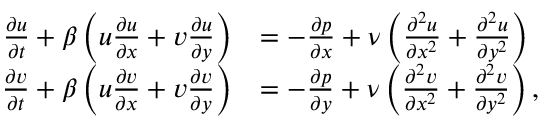
\begin{array} { r l } { \frac { \partial u } { \partial t } + \beta \left( u \frac { \partial u } { \partial x } + v \frac { \partial u } { \partial y } \right) } & { = - \frac { \partial p } { \partial x } + \nu \left( \frac { \partial ^ { 2 } u } { \partial x ^ { 2 } } + \frac { \partial ^ { 2 } u } { \partial y ^ { 2 } } \right) } \\ { \frac { \partial v } { \partial t } + \beta \left( u \frac { \partial v } { \partial x } + v \frac { \partial v } { \partial y } \right) } & { = - \frac { \partial p } { \partial y } + \nu \left( \frac { \partial ^ { 2 } v } { \partial x ^ { 2 } } + \frac { \partial ^ { 2 } v } { \partial y ^ { 2 } } \right) , } \end{array}